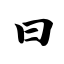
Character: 曰